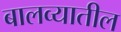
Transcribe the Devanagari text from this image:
बालव्यातील